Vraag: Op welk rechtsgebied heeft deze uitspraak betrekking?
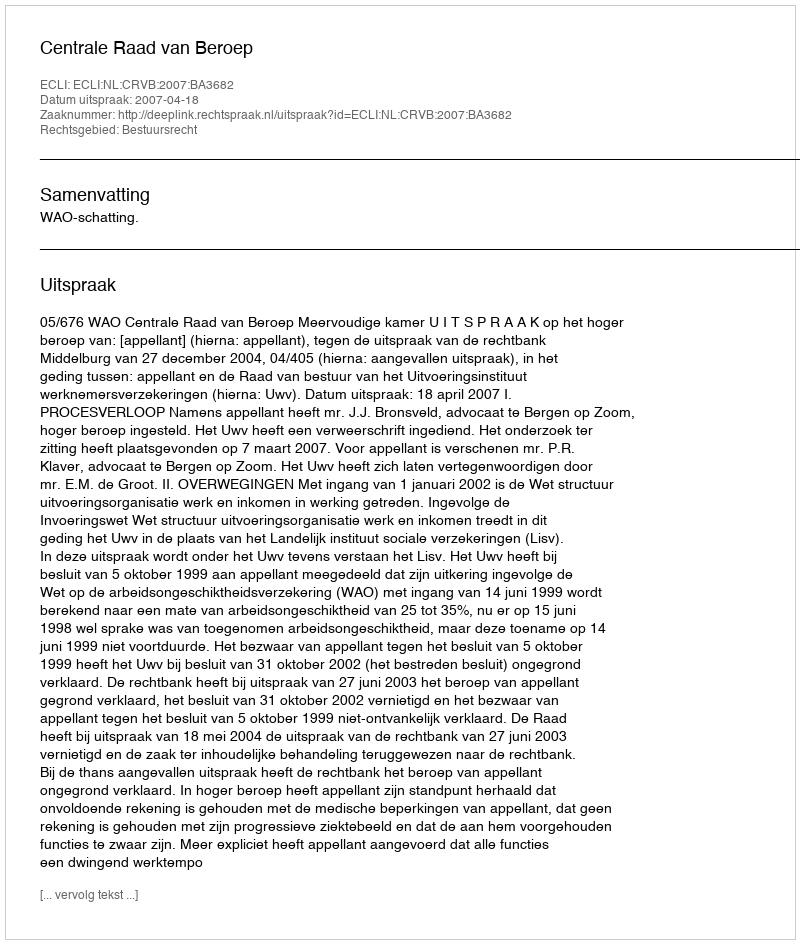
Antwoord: Bestuursrecht